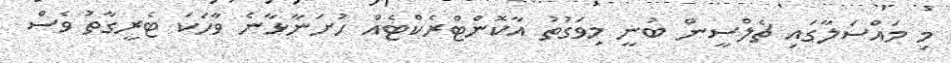
މި މައްސަލާގައި ޗެލްސީން ބުނީ މިވަގުތު އާކޮންޓްރެކްޓެއް ހުށަނާޅާނެ ވާހަކަ ޓެރީގާތު ވެސް